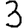
Digit: 3